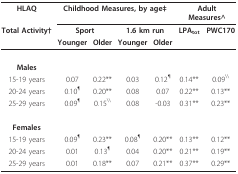
| HLAQ | <COLSPAN=4> Childhood Measures, by age‡ | <COLSPAN=2> Adult Measures^ |
 | Total Activity† | <COLSPAN=2> Sport | <COLSPAN=2> 1.6 km run | LPAtot | PWC170 |
 |  | Younger | Older | Younger | Older |  |  |
 | --- | --- | --- | --- | --- | --- | --- |
 | Males |  |  |  |  |  |  |
 | 15-19 years | 0.07 | 0.22** | 0.03 | 0.12¶ | 0.14** | 0.09\\ |
 | 20-24 years | 0.10¶ | 0.20** | 0.08 | 0.07 | 0.22** | 0.13** |
 | 25-29 years | 0.09¶ | 0.15\\ | 0.08 | -0.03 | 0.31** | 0.23** |
 | Females |  |  |  |  |  |  |
 | 15-19 years | 0.09¶ | 0.23** | 0.08¶ | 0.20** | 0.13** | 0.12** |
 | 20-24 years | 0.01 | 0.13¶ | 0.04 | 0.20** | 0.21** | 0.19** |
 | 25-29 years | 0.01 | 0.18** | 0.07 | 0.21** | 0.37** | 0.29** |